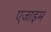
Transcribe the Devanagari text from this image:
एजाइम